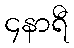
၄နာရီ